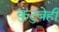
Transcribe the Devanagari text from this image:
कुटुंबेही